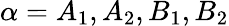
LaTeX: \alpha=A_{1},A_{2},B_{1},B_{2}